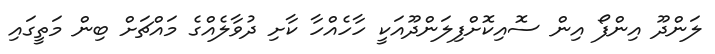
ލަންދޫ އިންފޯ އިން ސޮއިކޮށްފިލަންދޫއަކީ ހާހެއްހާ ކާށި ދުވާލެއްގެ މައްޗަށް ބިން މަތީގައި